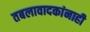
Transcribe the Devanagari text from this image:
तबलावादकांनाही